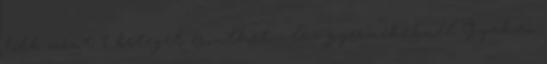
több mint 1 beteget érinthet - láz gyermekeknél Gyakori